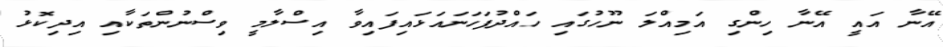
އޭނާ އައީ އޭނާ ހިންގި އަމިއްލަ ނޫހުގައި ހައްދުފަހަނައަޅައިފައިވާ އިސްލާމީ ވިސްނުންތަކާއި އިދިކޮޅު